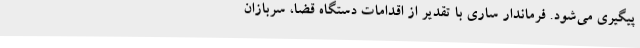
پیگیری می‌شود. فرماندار ساری با تقدیر از اقدامات دستگاه قضا، سربازان